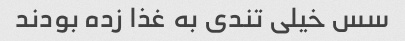
سس خیلی تندی به غذا زده بودند